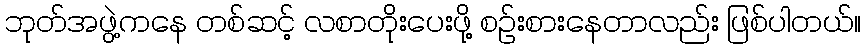
ဘုတ်အဖွဲ့ကနေ တစ်ဆင့် လစာတိုးပေးဖို့ စဉ်းစားနေတာလည်း ဖြစ်ပါတယ်။